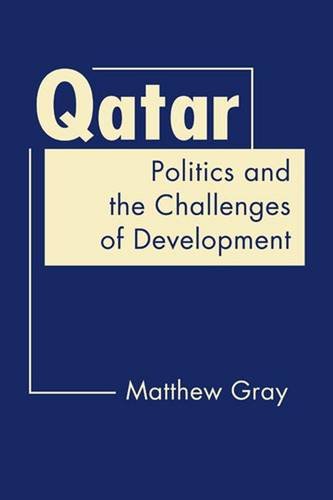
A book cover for Qatar: Politics and the Challenges of Development; Matthew Gray; History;